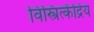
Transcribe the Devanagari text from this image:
विस्त्रित्केंद्रिय